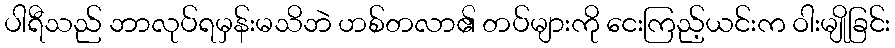
ပါရီသည် ဘာလုပ်ရမှန်းမသိဘဲ ဟစ်တလာ၏ တပ်များကို ငေးကြည့်ယင်းက ဝါးမျိုခြင်း